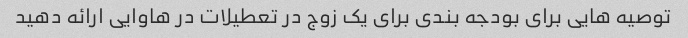
توصیه هایی برای بودجه بندی برای یک زوج در تعطیلات در هاوایی ارائه دهید